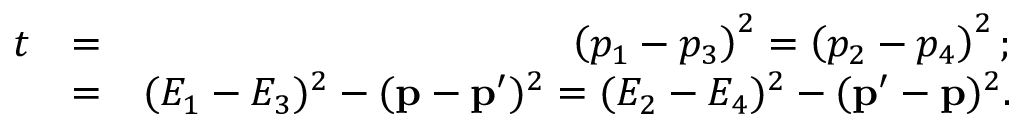
\begin{array} { r l r } { t } & { = } & { \left( p _ { 1 } - p _ { 3 } \right) ^ { 2 } = \left( p _ { 2 } - p _ { 4 } \right) ^ { 2 } ; } \\ & { = } & { ( E _ { 1 } - E _ { 3 } ) ^ { 2 } - ( \mathbf { p } - \mathbf { p } ^ { \prime } ) ^ { 2 } = ( E _ { 2 } - E _ { 4 } ) ^ { 2 } - ( \mathbf { p } ^ { \prime } - \mathbf { p } ) ^ { 2 } . } \end{array}